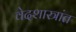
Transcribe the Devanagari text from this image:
वेदशास्त्रांत